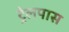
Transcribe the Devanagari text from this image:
ट्रेलपास